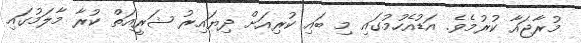
މުރާޖައާ ކުރުމެވެ. އަޑުއެހުމުގައި މި ބައި ކުރިއަށް ދިޔައިރު ޝަރީއަތް ކުރާ މާލަމުގައި